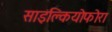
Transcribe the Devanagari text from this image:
साइक्लियोफोरा